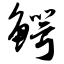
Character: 鳄